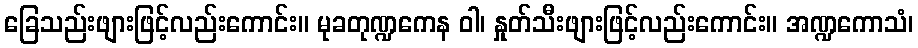
ခြေသည်းဖျားဖြင့်လည်းကောင်း။ မုခတုဏ္ဍကေန ဝါ၊ နှုတ်သီးဖျားဖြင့်လည်းကောင်း။ အဏ္ဍကောသံ၊